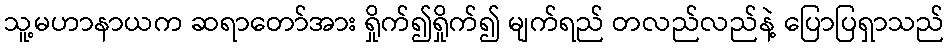
သူ့မဟာနာယက ဆရာတော်အား ရှိုက်၍ရှိုက်၍ မျက်ရည် တလည်လည်နဲ့ ပြောပြရှာသည်